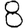
Digit: 8